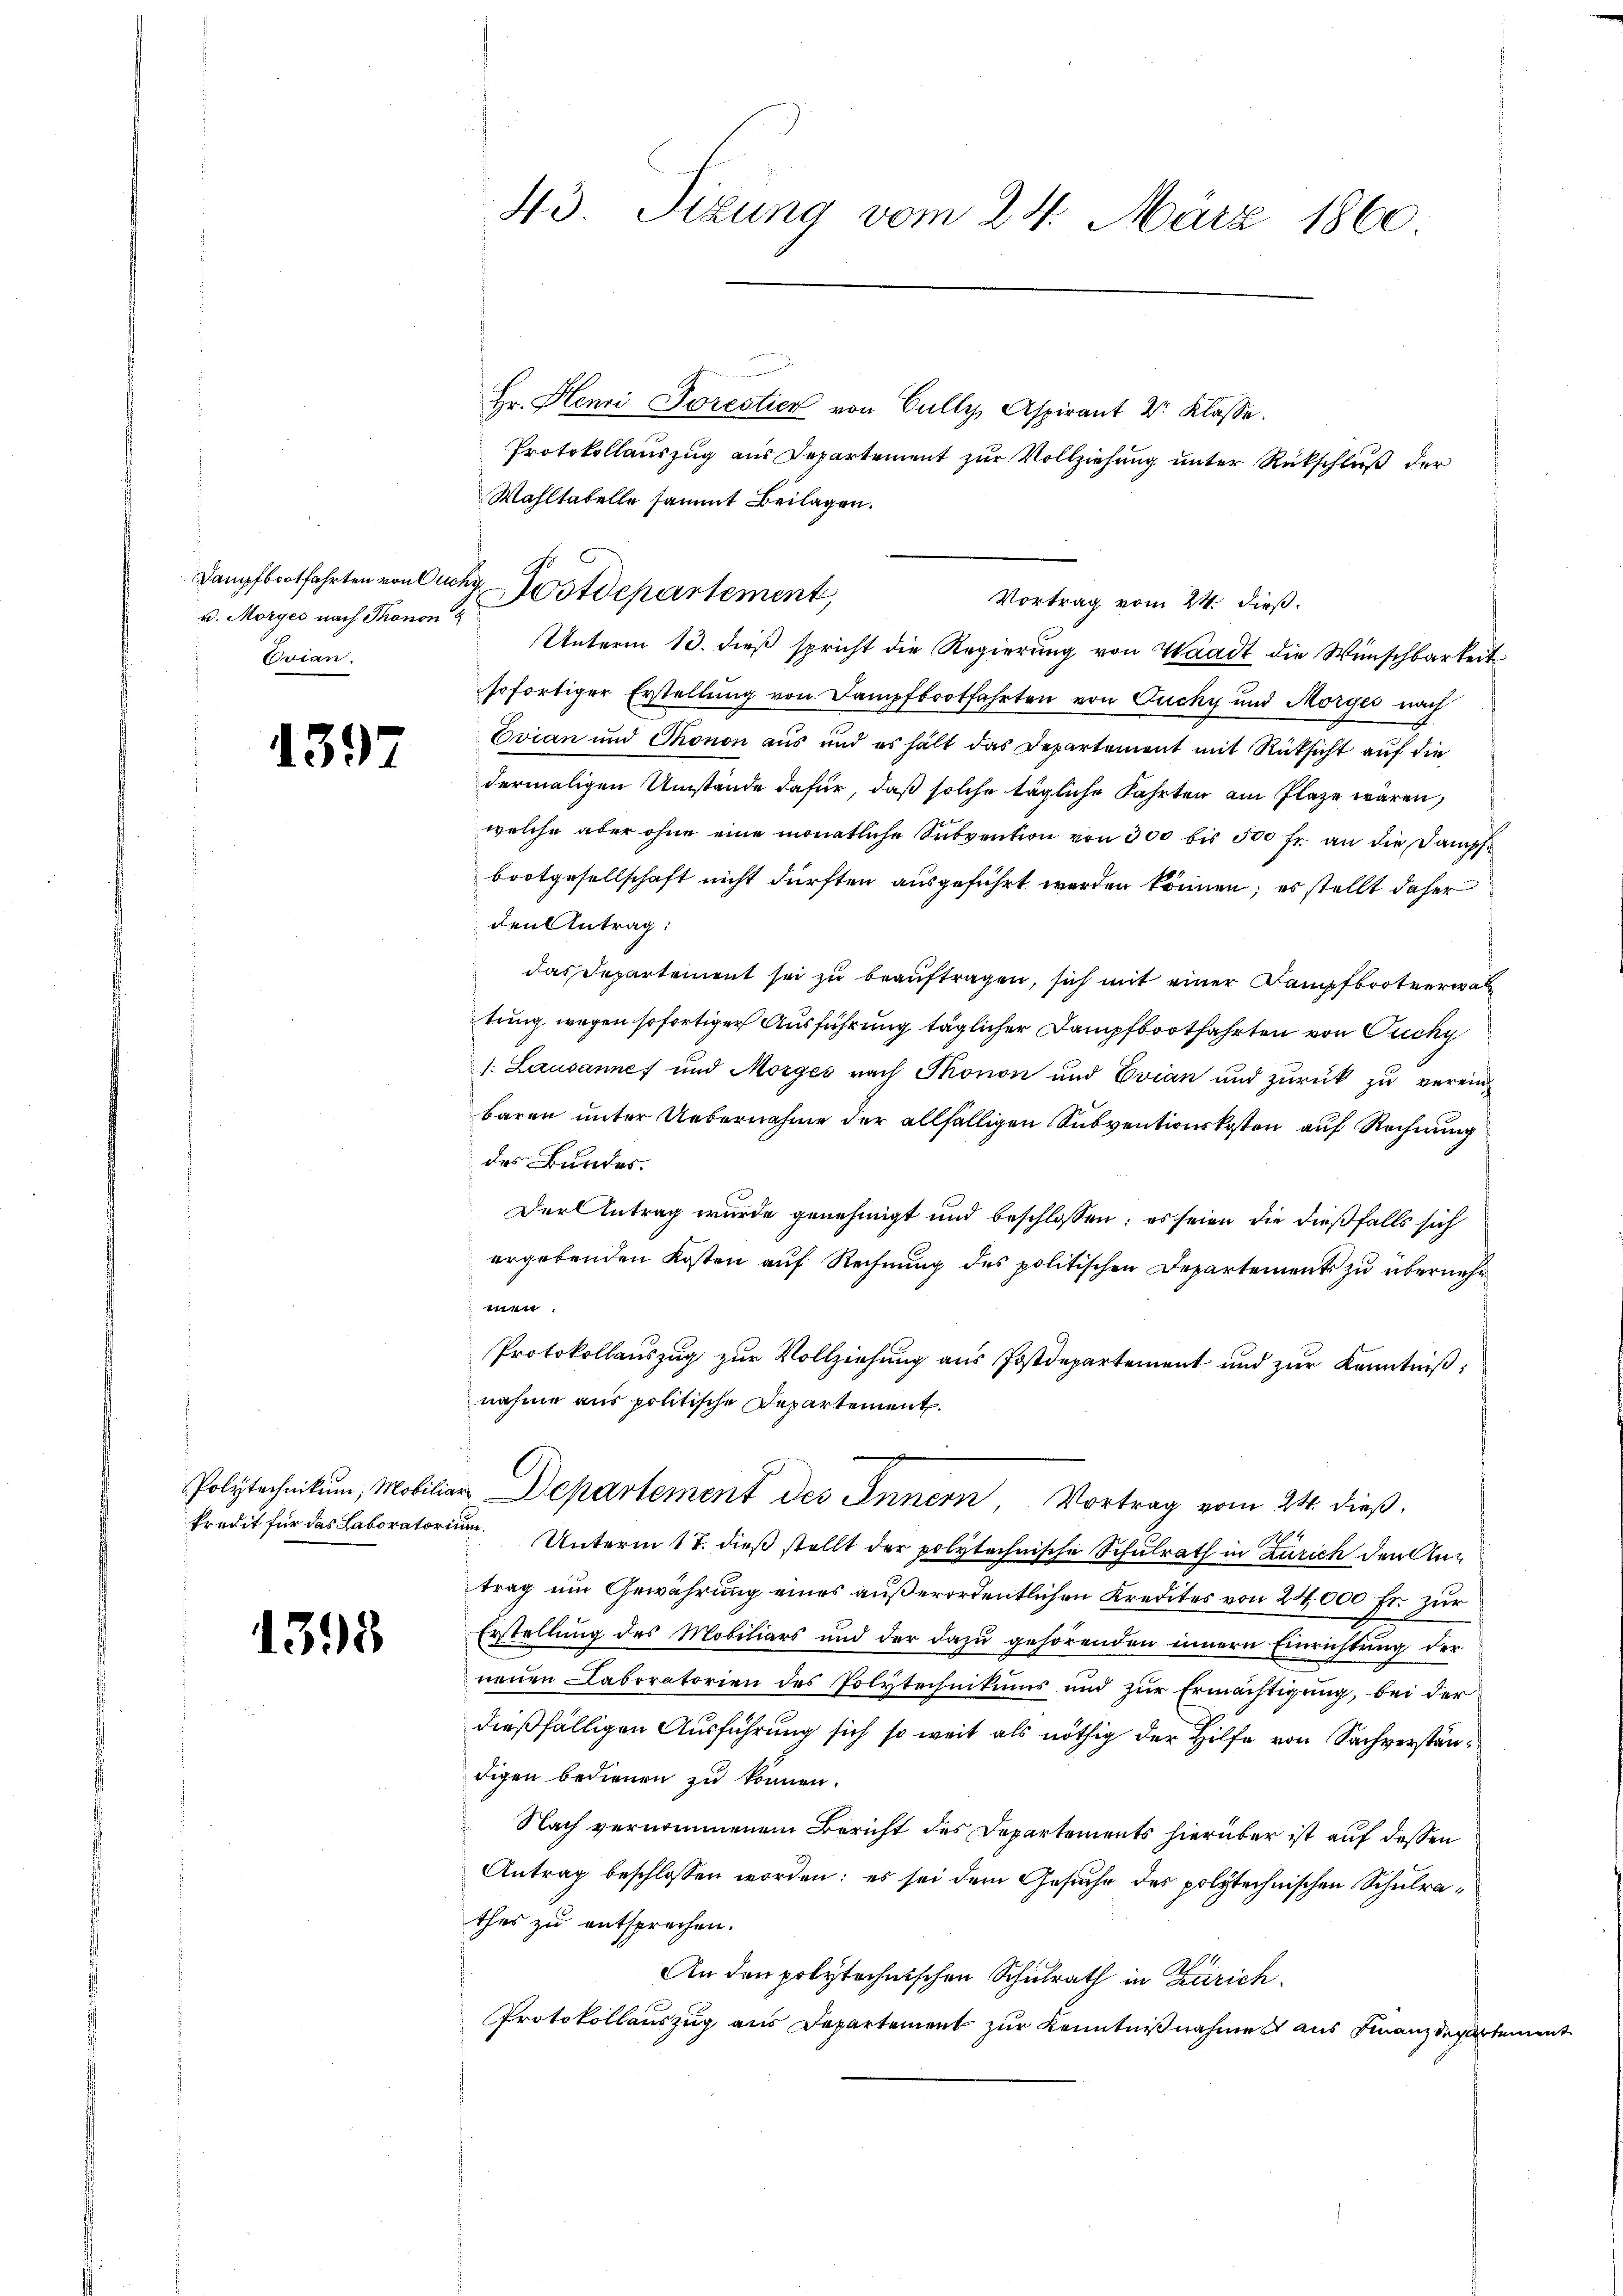
u. Morges nach Thonon
Evian.

1397

1393

43. Sizung vom 24. März 1860.

Hr. Henri Porestier von Cully, Aspirant Dr. Klasse.
Protokollauszug aus Departement zur Vollziehung unter Rückschluß der
Wahltatelle sammt Beilagen.

Dampfbootfahrten von Euch Postdepartement,

Unterm 13. dieß spricht die Regierung von Waadt die Wünschbarkeit
sofortiger Erstellung von Dampfbootfahrten von Zucky und Morges nach
Evian und Thonon aus und es hält das Departement mit Rücksicht auf die
dermaligen Umstände dafür, daß solche tägliche Fahrten am Plaze wären,
welche aber ohne eine monatliche Subvention von 300 bis 500 fr. an die Dampf
bootgesellschaft nicht dürften ausgeführt worden können; es stellt daher
den Antrag:
das Departement sei zu beauftragen, sich mit einer Kampfbootverwal
tung wegen sofortiger Ausführung täglicher Dampfbootfahrten von Gucky
s: Lausannes und Morges nach Thonon und Evian und zurück zu vereinbaren unter Uebernahme der allfälligen Subventionskosten auf Rechnung
des Bundes.
Der Antrag wurde genehmigt und beschlossen; es seien die dießfalls sich
ergebenden Kosten auf Rechnung des politischen Departements zu übernehm
t
Protokollauszug zur Vollziehung aus Postdepartement und zur Kenntniß,
nahme aus politische Departement.
Polytechnikum, Mobiliar Departement des Innern, Vortrag vom 24. dieß.
kredit für das Laboratorium. Unterm 17. dieβ stellt der polytechnische Schulrath in Zürich den Antrag um Gewährung eines außerordentlichen Kredites von 24000 Fr. zur
Erstellung des Mobiliars und der dazu gehörenden innern Einrichtung der
neuen Laboratorien des Polytechnikums und zur Ermächtigung, bei der
dießfälligen Ausführung sich so weit als nöthig der Hilfe von Sachverständigen bedienen zu können.
Nach vernommenem Bericht des Departements hierüber ist auf dessen
Antrag beschlossen worden; es sei dem Gesuche des polytechnischen Schulrathes zu entsprechen.
An den polytechnischen Schulrath in Zürich
Protokollauszug aus Departement zur Kenntnißnahmes aus Finanzdepartemen

Vortrag vom 24. dieß.